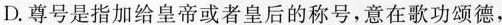
D.尊号是指加给皇帝或者票后的称号，意在歌功颂德，